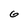
Character: G